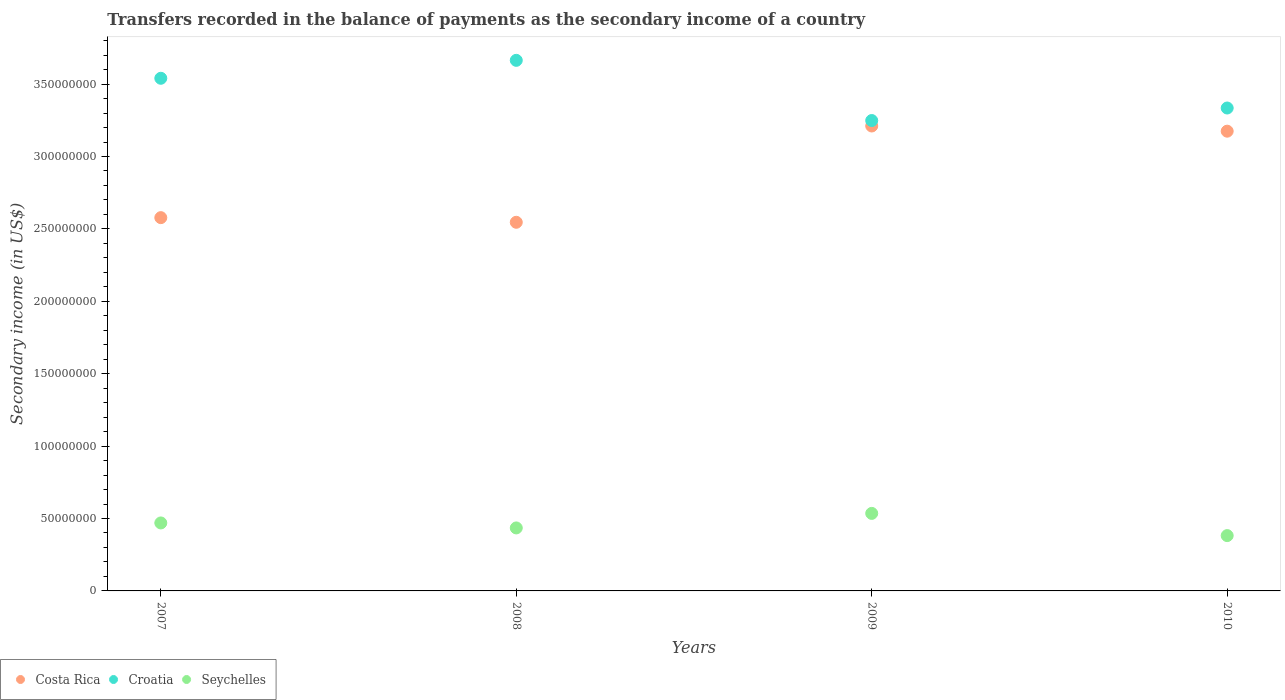
| Years | Costa Rica | Croatia | Seychelles |
 | --- | --- | --- | --- |
 | 2007 | 2.58e+08 | 3.54e+08 | 4.69e+07 |
 | 2008 | 2.55e+08 | 3.66e+08 | 4.35e+07 |
 | 2009 | 3.21e+08 | 3.25e+08 | 5.35e+07 |
 | 2010 | 3.17e+08 | 3.33e+08 | 3.82e+07 |